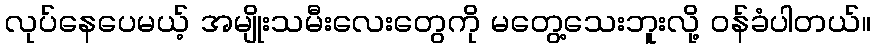
လုပ်နေပေမယ့် အမျိုးသမီးလေးတွေကို မတွေ့သေးဘူးလို့ ဝန်ခံပါတယ်။